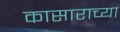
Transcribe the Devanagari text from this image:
कासाराच्या